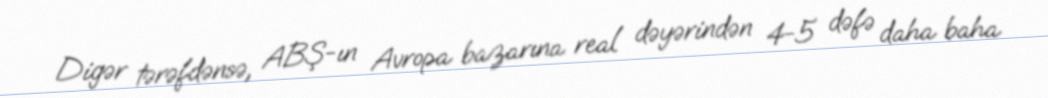
Digər tərəfdənsə, ABŞ-ın Avropa bazarına real dəyərindən 4-5 dəfə daha baha